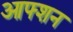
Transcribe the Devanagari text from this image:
आफ्शन